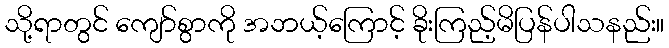
သို့ရာတွင် ကျော်စွာကို အဘယ့်ကြောင့် ခိုးကြည့်မိပြန်ပါသနည်း။